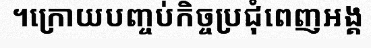
។ក្រោយបញ្ចប់កិច្ចប្រជុំពេញអង្គ